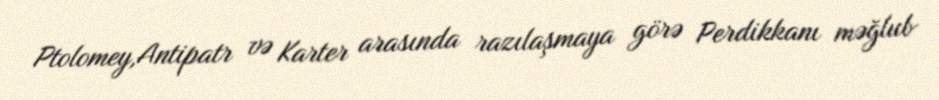
Ptolomey,Antipatr və Karter arasında razılaşmaya görə Perdikkanı məğlub